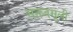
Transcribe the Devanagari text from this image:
सक्तवसुली